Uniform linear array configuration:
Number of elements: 8
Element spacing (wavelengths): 0.25
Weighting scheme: binomial
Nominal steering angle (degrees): -45
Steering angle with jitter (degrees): -43.336
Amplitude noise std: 0.05
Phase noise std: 0.05

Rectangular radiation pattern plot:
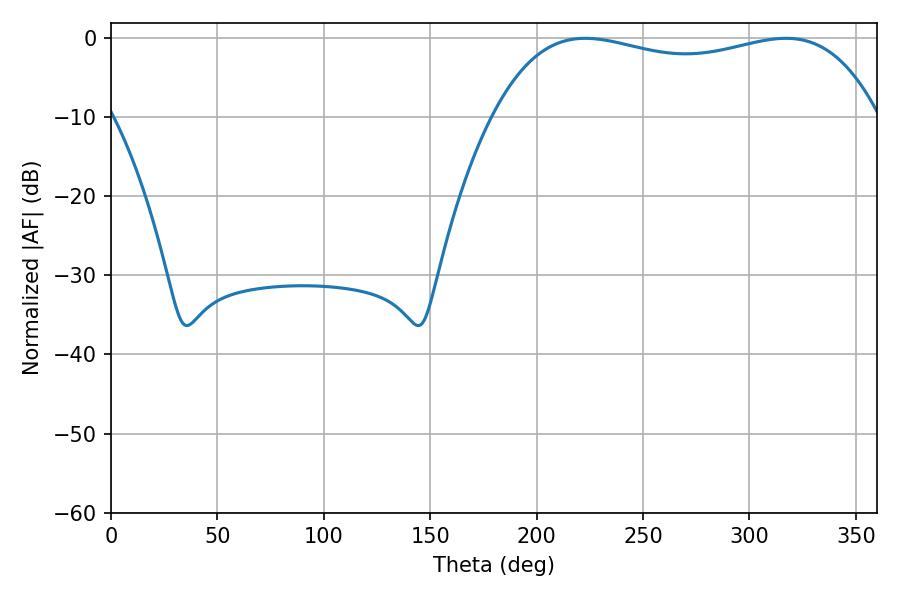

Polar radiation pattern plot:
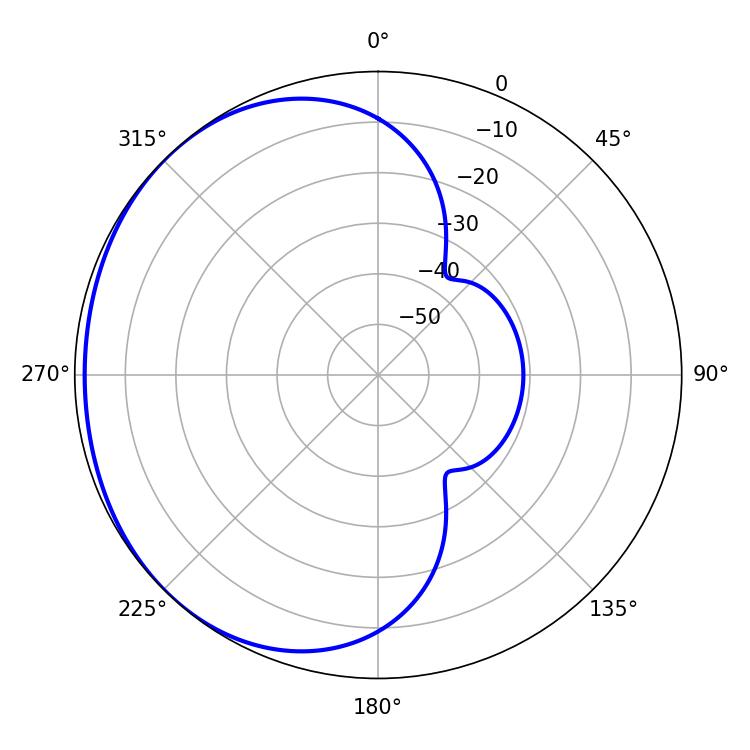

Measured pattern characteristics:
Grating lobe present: FALSE
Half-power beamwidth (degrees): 146.52
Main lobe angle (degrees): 222.84